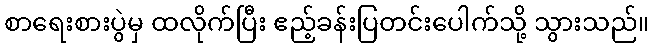
စာရေးစားပွဲမှ ထလိုက်ပြီး ဧည့်ခန်းပြတင်းပေါက်သို့ သွားသည်။